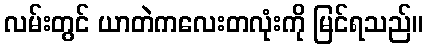
လမ်းတွင် ယာတဲကလေးတလုံးကို မြင်ရသည်။